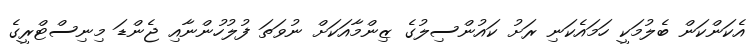
އެކަންކަން ބެލުމަކީ ހަމައެކަނި ރަށު ކައުންސިލުގެ ޒިންމާއަކަށް ނުވަތަ ފުލުހުންނާއި ޖެންޑަ މިނިސްޓްރީގެ